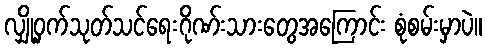
လျှို့ဝှက်သုတ်သင်ရေးဂိုဏ်းသားတွေအကြောင်း စုံစမ်းမှာပဲ။